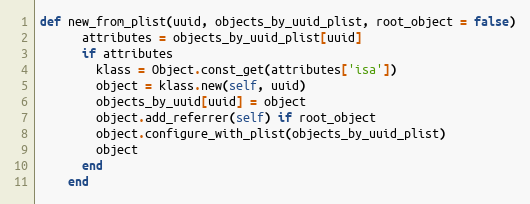
Language: Ruby
def new_from_plist(uuid, objects_by_uuid_plist, root_object = false)
      attributes = objects_by_uuid_plist[uuid]
      if attributes
        klass = Object.const_get(attributes['isa'])
        object = klass.new(self, uuid)
        objects_by_uuid[uuid] = object
        object.add_referrer(self) if root_object
        object.configure_with_plist(objects_by_uuid_plist)
        object
      end
    end